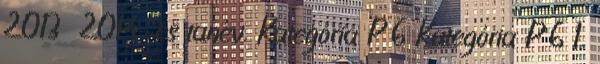
2013 2014-es tanév. Kategória P 6 Kategória P 6 1.